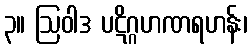
၃။ ဩဝါဒ ပဋိဂ္ဂဟဏရဟန်း၊